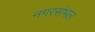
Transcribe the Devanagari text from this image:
नगरसंभल